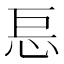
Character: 𰑋